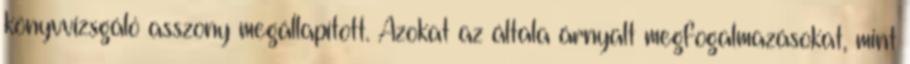
könyvvizsgáló asszony megállapított. Azokat az általa árnyalt megfogalmazásokat, mint